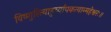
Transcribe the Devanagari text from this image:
विष्णुरित्याहुर्व्यापकत्वान्महेश्वरः॥